Materia medica of Madras volume I
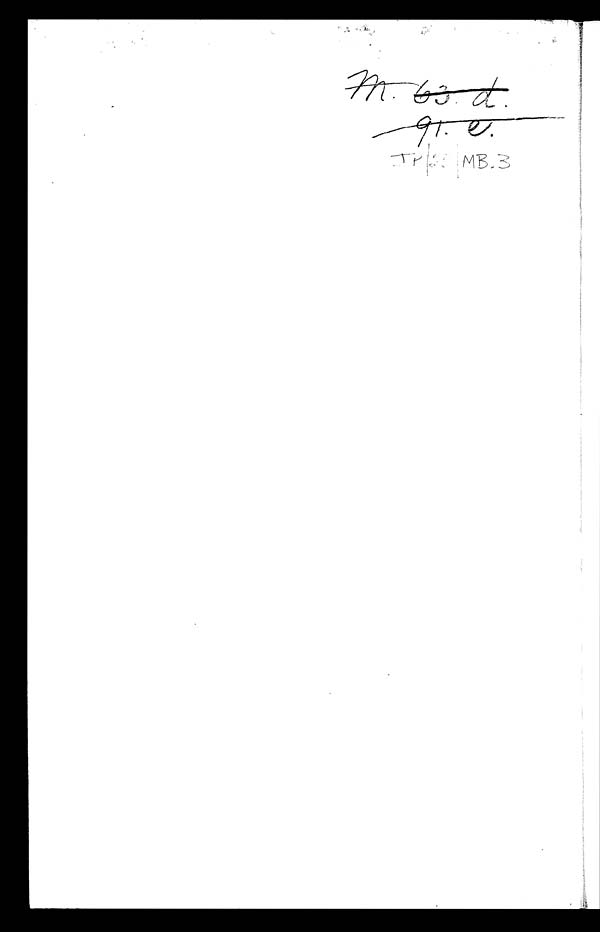
9 1 . e .
I P / 2 5 / M B . 3